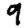
Digit: 9